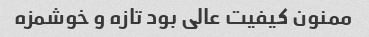
ممنون کیفیت عالی بود تازه و خوشمزه